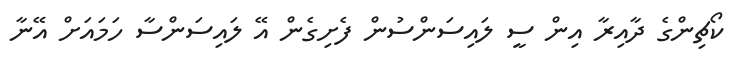
ކޯޗިންގެ ދާއިރާ އިން ސީ ލައިސަންސުން ފެށިގެން އޭ ލައިސަންސާ ހަމައަށް އޭނާ